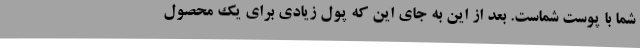
شما با پوست شماست. بعد از این به جای این که پول زیادی برای یک محصول